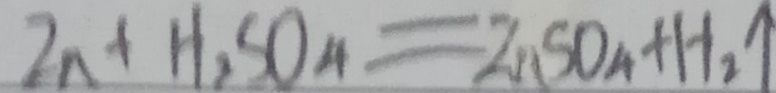
Z n + H _ { 2 } S O _ { 4 } = Z n S O _ { 4 } + H _ { 2 } \uparrow